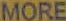
MORE